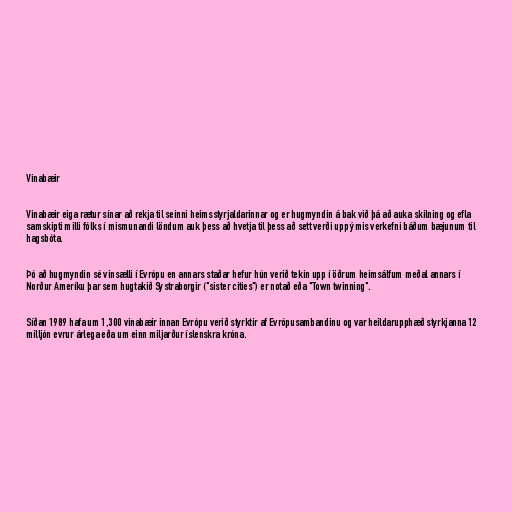
Vinabæir

Vinabæir eiga rætur sínar að rekja til seinni heimsstyrjaldarinnar og er hugmyndin á bak við þá að auka skilning og efla
samskipti milli fólks í mismunandi löndum auk þess að hvetja til þess að sett verði upp ýmis verkefni báðum bæjunum til
hagsbóta.

Þó að hugmyndin sé vinsælli í Evrópu en annars staðar hefur hún verið tekin upp í öðrum heimsálfum meðal annars í
Norður Ameríku þar sem hugtakið Systraborgir ("sister cities") er notað eða "Town twinning".

Síðan 1989 hafa um 1,300 vinabæir innan Evrópu verið styrktir af Evrópusambandinu og var heildarupphæð styrkjanna 12
milljón evrur árlega eða um einn miljarður íslenskra króna.